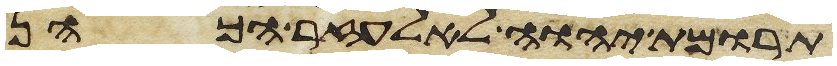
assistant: תרומת יהוה לאלעזר הכהן